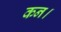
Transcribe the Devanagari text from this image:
कन।